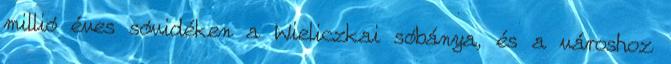
millió éves sóvidéken a Wieliczkai sóbánya, és a városhoz